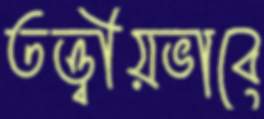
তত্ত্বীয়ভাবে